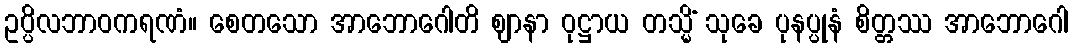
ဥပ္ပိလဘာဝကရဏံ။ စေတသော အာဘောဂေါတိ ဈာနာ ဝုဋ္ဌာယ တသ္မိံ သုခေ ပုနပ္ပုနံ စိတ္တဿ အာဘောဂေါ